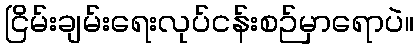
ငြိမ်းချမ်းရေးလုပ်ငန်းစဉ်မှာရောပဲ။